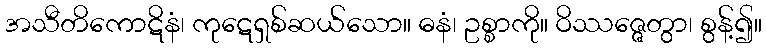
အသီတိကောဋိနံ၊ ကုဋေရှစ်ဆယ်သော။ ဓနံ၊ ဥစ္စာကို။ ဝိဿဇ္ဇေတွာ၊ စွန့်၍။